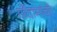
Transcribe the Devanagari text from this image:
गोदामांची